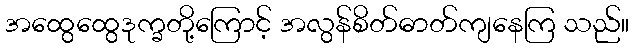
အထွေထွေဒုက္ခတို့ကြောင့် အလွန်စိတ်ဓာတ်ကျနေကြ သည်။